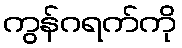
ကွန်ဂရက်ကို